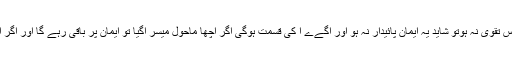
ہدی للمتقین یہ کہا ہدی للمومنین کیونکہ اگر مومن کے پاس تقوی نہ ہوتو شاید یہ ایمان پائیدار نہ ہو اور آگےے ا کی قسمت ہوگی اگر اچھا ماحول میسر آگیا تو ایمان پر باقی رہے گا اور اگر اچھا ماحول نہ ملا تو چونکہ اس کے پاس تقوی نہیں ہے۔